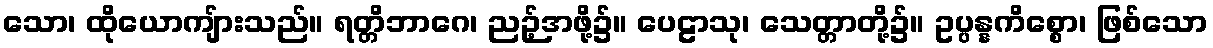
သော၊ ထိုယောကျ်ားသည်။ ရတ္တိဘာဂေ၊ ညဉ့်အဖို့၌။ ပေဠာသု၊ သေတ္တာတို့၌။ ဥပ္ပန္နကိစ္စော၊ ဖြစ်သော